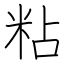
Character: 粘